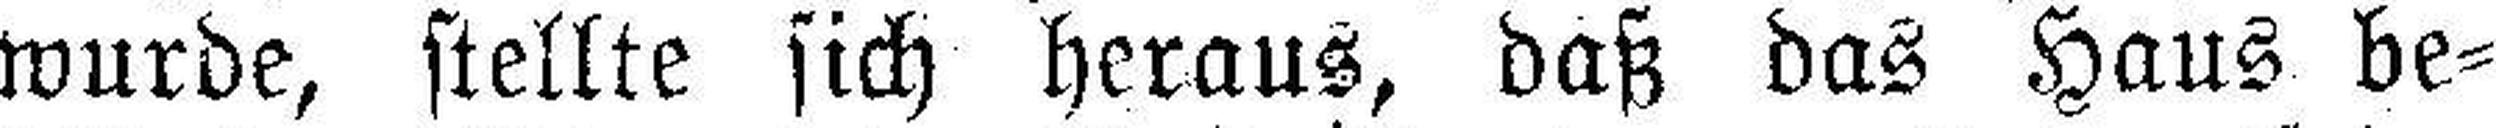
wurde, stellte sich heraus, daß das Haus be¬